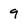
Character: 9